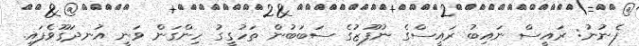
ފެނުނު: ރައީސް ނައިބު ރައީސްގެ ނުފޫޒުގެ ސަބަބުން ތަހުގީގު ހިންގަން ވަނީ އުނދަގޫވެފައި.